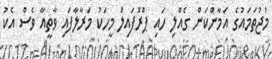
މުޖުތަމައުގެ އަމާންކަން ގެއްލި ހައި ޕްރޮފައިލް މީހަކު މަރާލާފައި ވާތީއާ ވެސް އެކު